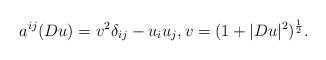
LaTeX: \begin{align*}a^{ij}(D u)=v^2\delta_{ij}-u_iu_j, v=(1+|D u|^2)^{\frac{1}{2}}.\end{align*}